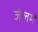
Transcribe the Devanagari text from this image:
जेलमें